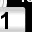
Digit: 1